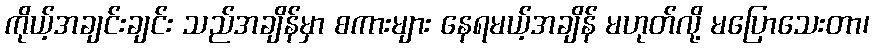
ကိုယ့်အချင်းချင်း သည်အချိန်မှာ စကားများ နေရမယ့်အချိန် မဟုတ်လို့ မပြောသေးတာ၊